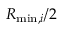
R _ { \mathrm { m i n } , i } / 2